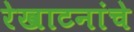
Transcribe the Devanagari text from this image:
रेखाटनांचे